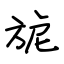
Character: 旎